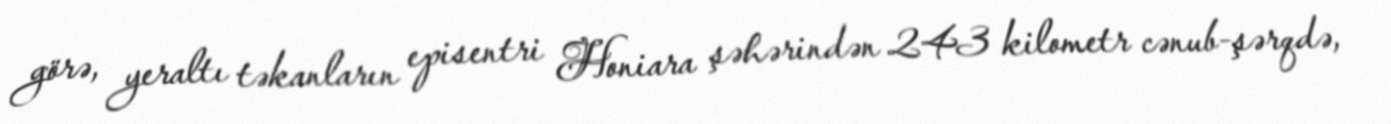
görə, yeraltı təkanların episentri Honiara şəhərindən 243 kilometr cənub-şərqdə,